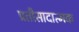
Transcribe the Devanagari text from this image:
प्रतीसादात्मक